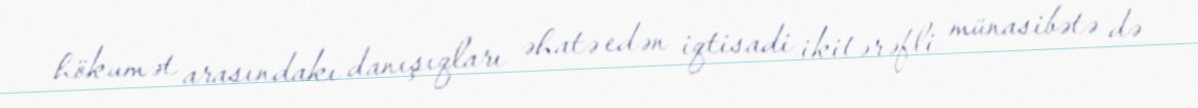
hökumət arasındakı danışıqları əhatə edən iqtisadi ikitərəfli münasibətə də